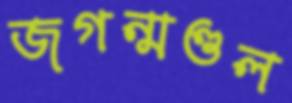
জগন্মণ্ডল